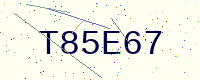
Text: T85E67